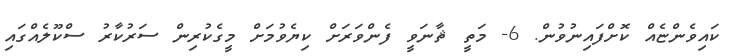
ކައިވެންޏެއް ކޮށްފައިނުވުން. 6- މަތީ ޘާނަވީ ފެންވަރަށް ކިޔެވުމަށް މީގެކުރިން ސަރުކާރު ސްކޫލެއްގައި